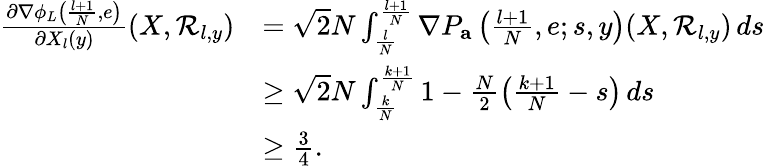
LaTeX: \begin{array}{rl}{\frac{\partial\nabla\phi_{L}\left(\frac{l+1}{N},e\right)}{\partial X_{l}(y)}(X,\mathcal{R}_{l,y})}&{=\sqrt{2}N\int_{\frac{l}{N}}^{\frac{l+1}{N}}\nabla P_{\mathbf{a}}\left(\frac{l+1}{N},e;s,y\right)(X,\mathcal{R}_{l,y})\, ds}\\ &{\geq\sqrt{2}N\int_{\frac{k}{N}}^{\frac{k+1}{N}}1-\frac{N}{2}\left(\frac{k+1}{N}-s\right)\, ds}\\ &{\geq\frac{3}{4}.}\end{array}